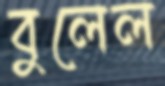
বুলেল